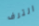
الترف